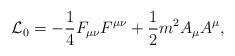
LaTeX: \begin{align*}{\cal L}_{0}= -\frac{1}{4} F_{\mu\nu} F^{\mu\nu} + \frac{1}{2} m^2 A_\mu A^{\mu},\end{align*}